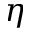
\eta